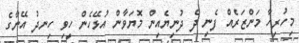
މިހުރިހާ މަންޒަރެއް ފެނި ދެ ދުނިޔެއިން މޮޔަވާން އުޅޭހެން ހީވި ހިނދު އޭނާގެ